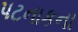
પટનાકના